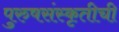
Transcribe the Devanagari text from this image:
पुरुषसंस्कृतीची